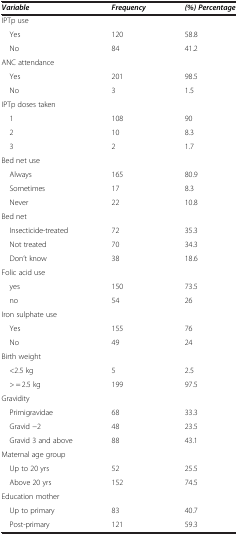
<table><thead><tr><td><b><i>Variable</i></b></td><td><b><i>Frequency</i></b></td><td><b><i>(%) Percentage</i></b></td></tr></thead><tbody><tr><td>IPTp use</td><td> </td><td> </td></tr><tr><td> Yes</td><td>120</td><td>58.8</td></tr><tr><td> No</td><td>84</td><td>41.2</td></tr><tr><td>ANC attendance</td><td> </td><td> </td></tr><tr><td> Yes</td><td>201</td><td>98.5</td></tr><tr><td> No</td><td>3</td><td>1.5</td></tr><tr><td>IPTp doses taken</td><td> </td><td> </td></tr><tr><td> 1</td><td>108</td><td>90</td></tr><tr><td> 2</td><td>10</td><td>8.3</td></tr><tr><td> 3</td><td>2</td><td>1.7</td></tr><tr><td>Bed net use</td><td> </td><td> </td></tr><tr><td> Always</td><td>165</td><td>80.9</td></tr><tr><td> Sometimes</td><td>17</td><td>8.3</td></tr><tr><td> Never</td><td>22</td><td>10.8</td></tr><tr><td>Bed net</td><td> </td><td> </td></tr><tr><td> Insecticide-treated</td><td>72</td><td>35.3</td></tr><tr><td> Not treated</td><td>70</td><td>34.3</td></tr><tr><td> Don’t know</td><td>38</td><td>18.6</td></tr><tr><td>Folic acid use</td><td> </td><td> </td></tr><tr><td> yes</td><td>150</td><td>73.5</td></tr><tr><td> no</td><td>54</td><td>26</td></tr><tr><td>Iron sulphate use</td><td> </td><td> </td></tr><tr><td> Yes</td><td>155</td><td>76</td></tr><tr><td> No</td><td>49</td><td>24</td></tr><tr><td>Birth weight</td><td> </td><td> </td></tr><tr><td> &lt;2.5 kg</td><td>5</td><td>2.5</td></tr><tr><td> &gt; = 2.5 kg</td><td>199</td><td>97.5</td></tr><tr><td>Gravidity</td><td> </td><td> </td></tr><tr><td> Primigravidae</td><td>68</td><td>33.3</td></tr><tr><td> Gravid −2</td><td>48</td><td>23.5</td></tr><tr><td> Gravid 3 and above</td><td>88</td><td>43.1</td></tr><tr><td>Maternal age group</td><td> </td><td> </td></tr><tr><td> Up to 20 yrs</td><td>52</td><td>25.5</td></tr><tr><td> Above 20 yrs</td><td>152</td><td>74.5</td></tr><tr><td>Education mother</td><td> </td><td> </td></tr><tr><td> Up to primary</td><td>83</td><td>40.7</td></tr><tr><td> Post-primary</td><td>121</td><td>59.3</td></tr></tbody></table>